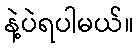
နဲ့ပဲရပါမယ်။